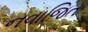
નવાજિત